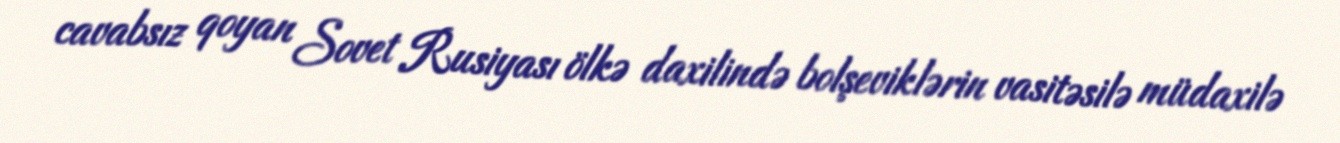
cavabsız qoyan Sovet Rusiyası ölkə daxilində bolşeviklərin vasitəsilə müdaxilə